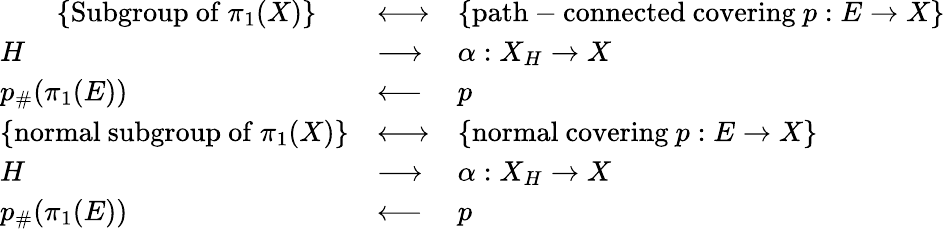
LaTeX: {\begin{array}{lll}{\qquad\displaystyle\{ {\mathrm{Subgroup~of~}}\pi_{1}(X)\} }&{\longleftrightarrow}&{\displaystyle\{ {\mathrm{path-connected~covering~}}p:E\rightarrow X\} }\\ {H}&{\longrightarrow}&{\alpha:X_{H}\rightarrow X}\\ {p_{\# }(\pi_{1}(E))}&{\longleftarrow}&{p}\\ {\displaystyle\{ {\mathrm{normal~subgroup~of~}}\pi_{1}(X)\} }&{\longleftrightarrow}&{\displaystyle\{ {\mathrm{normal~covering~}}p:E\rightarrow X\} }\\ {H}&{\longrightarrow}&{\alpha:X_{H}\rightarrow X}\\ {p_{\# }(\pi_{1}(E))}&{\longleftarrow}&{p}\end{array}}